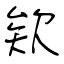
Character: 欸